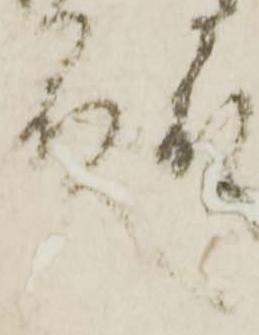
殿